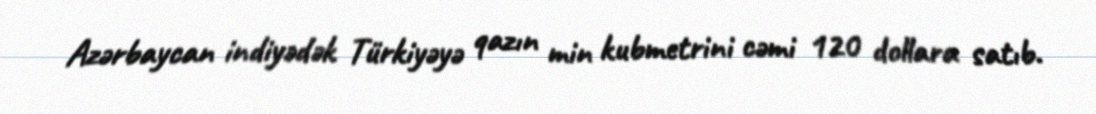
Azərbaycan indiyədək Türkiyəyə qazın min kubmetrini cəmi 120 dollara satıb.